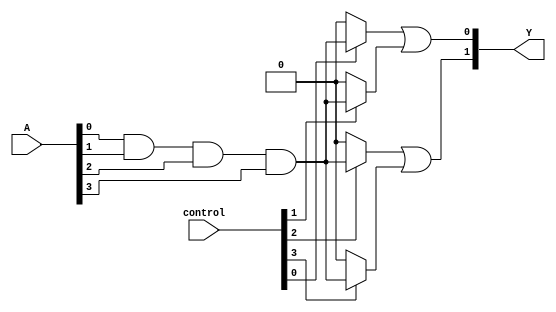
module GPAL #(
    parameter NUM_INPUTS = 4,    // Number of inputs (A, B, C, D, ...)
    parameter NUM_AND_GATES = 4,  // Number of programmable AND gates
    parameter NUM_OUTPUTS = 2     // Number of outputs (Y1, Y2, ...)
)(
    input wire [NUM_INPUTS-1:0] A, // Input signals
    input wire [NUM_AND_GATES-1:0] control, // Control signals for AND gate programming
    output wire [NUM_OUTPUTS-1:0] Y // Output signals
);

// Internal wires for the AND gate outputs
wire [NUM_AND_GATES-1:0] P;

// Programmable AND Array
genvar i;
generate
    for (i = 0; i < NUM_AND_GATES; i = i + 1) begin : and_gates
        assign P[i] = (control[i] == 1'b1) ? 
                       (A[0] & A[1] & A[2] & A[3]) : 1'b0; // Example: All inputs ANDed
        // Modify the above line to implement specific connections based on control
    end
endgenerate

// Fixed OR Array
assign Y[0] = P[0] | P[1]; // Example fixed OR connections
assign Y[1] = P[2] | P[3]; // Example fixed OR connections

endmodule